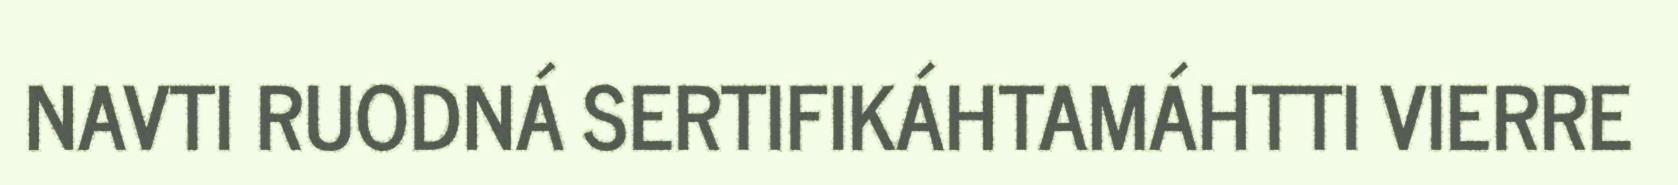
NAVTI RUODNÁ SERTIFIKÁHTAMÁHTTI VIERRE